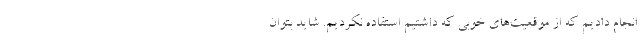
انجام دادیم که از موقعیت‌های خوبی که داشتیم استفاده نکردیم. شاید بتوان